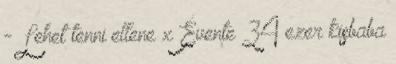
- Lehet tenni ellene x Évente 34 ezer kisbaba